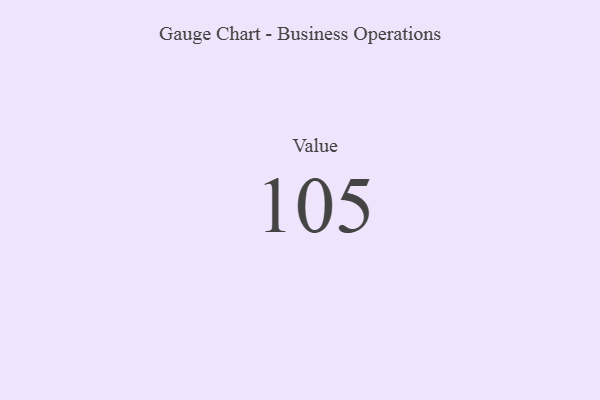
{"axis": {"x": "Metric", "y": "Value"}, "legend": [""], "data": [{"x": "Value", "y": 105, "type": ""}]}